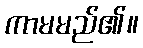
ကာမမည်၏။